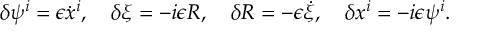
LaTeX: \delta \psi ^ { i } = \epsilon \dot { x } ^ { i } , \quad \delta \xi = - i \epsilon R , \quad \delta R = - \epsilon \dot { \xi } , \quad \delta x ^ { i } = - i \epsilon \psi ^ { i } .